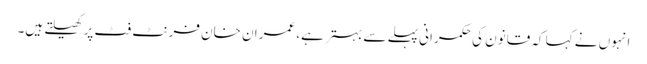
انہوں نے کہا کہ قانون کی حکمرانی پہلے سے بہتر ہے، عمران خان فرنٹ فٹ پر کھیلتے ہیں۔